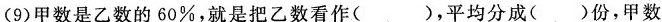
(9)甲数是乙数的60\%，就是把乙数看作( )，平均分成( )份，甲数